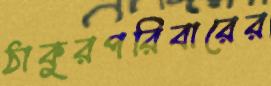
ঠাকুরপরিবারের